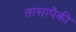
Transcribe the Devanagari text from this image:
तासापैकी